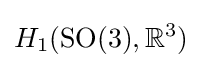
H_{1}(\operatorname {SO} (3),\mathbb {R} ^{3})